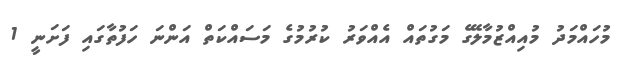
މުހައްމަދު މުއިއްޒުމާލޭގެ މަގުތައް އެއްވަރު ކުރުމުގެ މަސައްކަތް އަންނަ ހަފުތާގައި ފަށަނީ 1